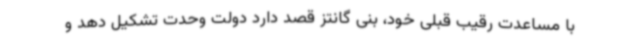
با مساعدت رقیب قبلی خود، بنی گانتز قصد دارد دولت وحدت تشکیل دهد و